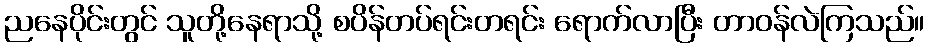
ညနေပိုင်းတွင် သူတို့နေရာသို့ စပိန်တပ်ရင်းတရင်း ရောက်လာပြီး တာဝန်လဲကြသည်။